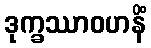
ဒုက္ခဿာဝဟနိံ